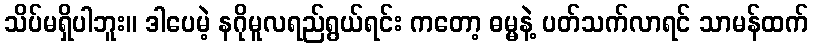
သိပ်မရှိပါဘူး။ ဒါပေမဲ့ နဂိုမူလရည်ရွယ်ရင်း ကတော့ ဓမ္မနဲ့ ပတ်သက်လာရင် သာမန်ထက်